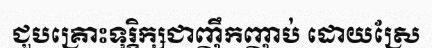
ជួបគ្រោះទុរ្ភិក្សជាញឹកញាប់ ដោយស្រែ